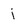
Character: j